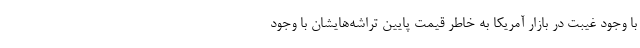
با وجود غیبت در بازار آمریکا به خاطر قیمت پایین تراشه‌هایشان با وجود